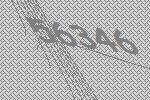
56346